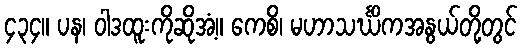
၄၃၄။ ပန၊ ဝါဒထူးကိုဆိုအံ့။ ကေစိ၊ မဟာသင်္ဃိကအနွယ်တို့တွင်